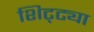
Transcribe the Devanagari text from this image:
शिट्ट्या